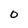
Character: 0